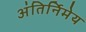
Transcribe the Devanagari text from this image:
अंतिर्निमेय